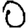
Digit: 0